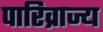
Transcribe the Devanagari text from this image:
पारिव्राज्य